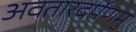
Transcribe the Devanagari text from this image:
अवतारदर्पणमु